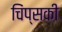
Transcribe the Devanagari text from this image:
चिंप्सकी